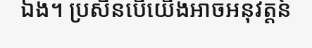
ឯង។ ប្រសិនបើយើងអាចអនុវត្តន៍